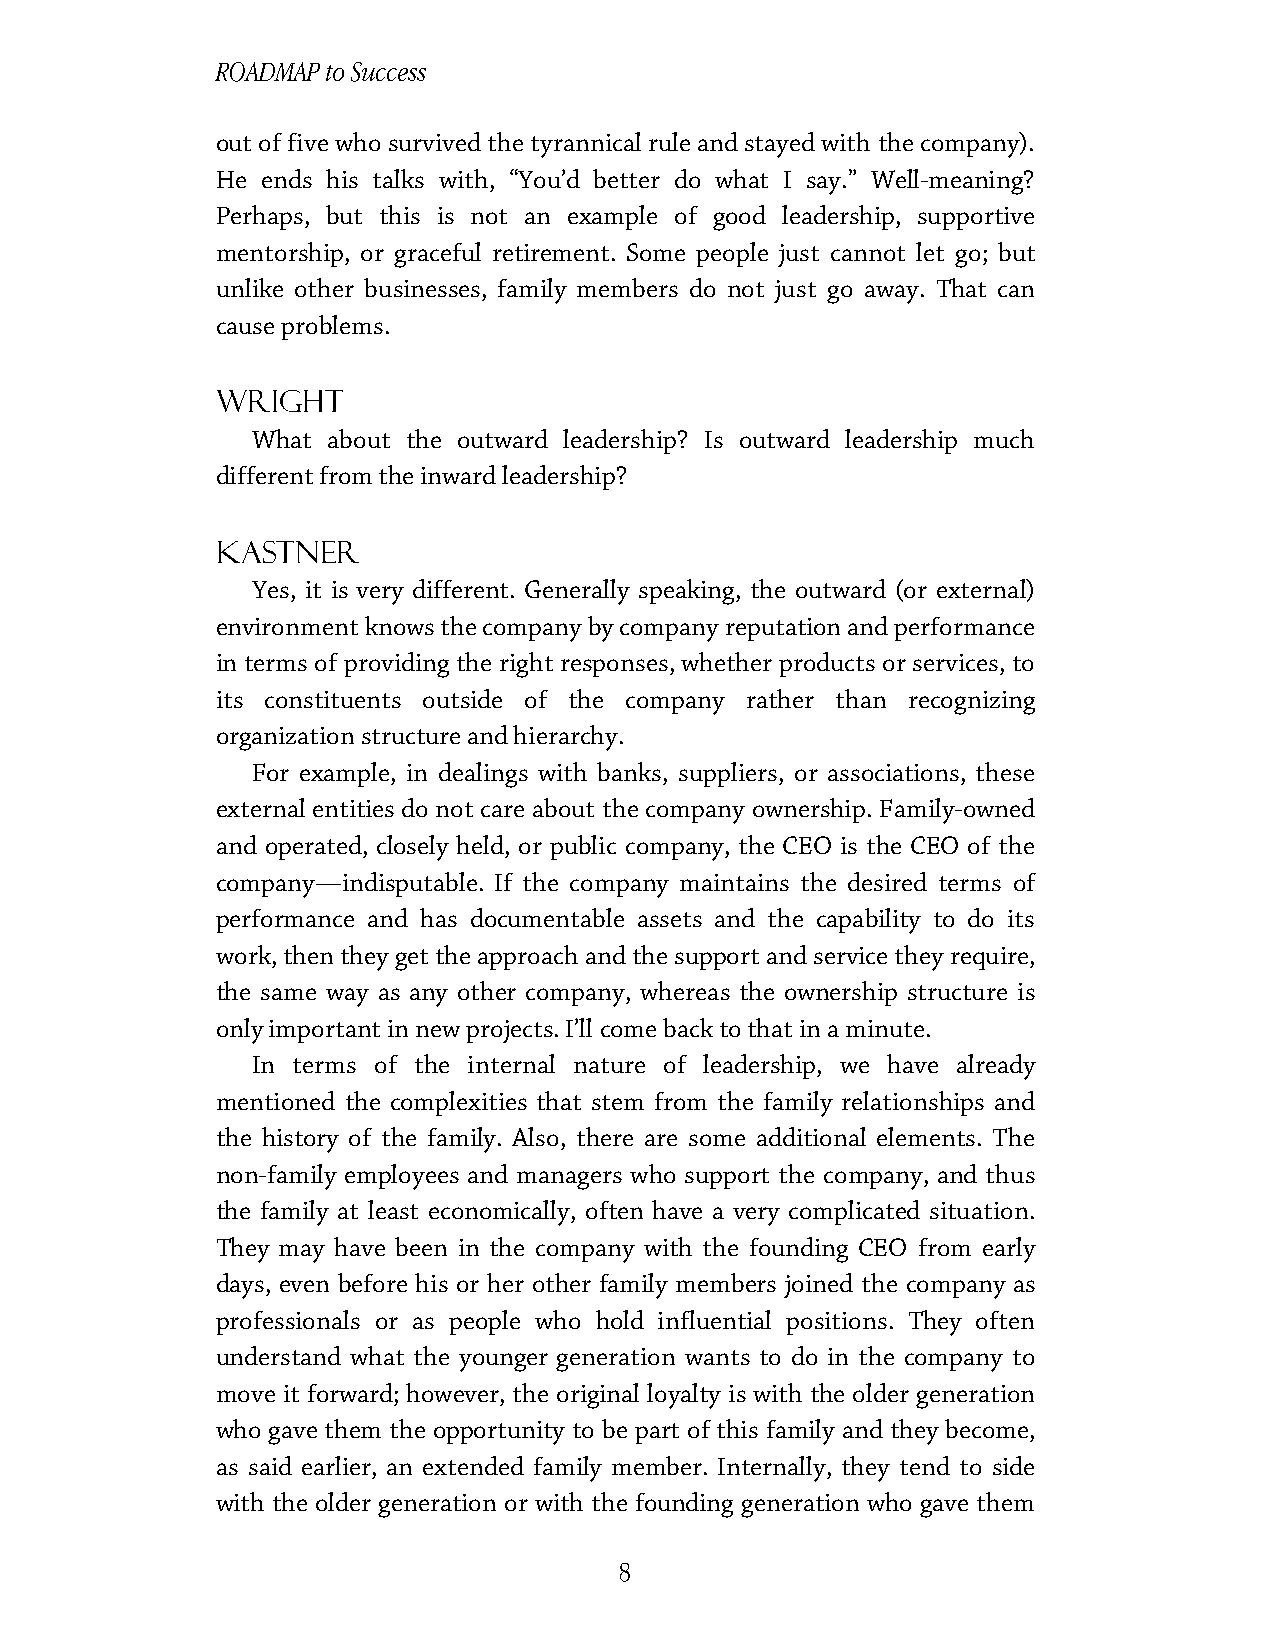
ROADMAP to Success
 out of five who survived the tyrannical rule and stayed with the company).
 He ends his talks with, “You’d better do what I say.” Well-meaning?
 Perhaps, but this is not an example of good leadership, supportive
 mentorship, or graceful retirement. Some people just cannot let go; but
 unlike other businesses, family members do not just go away. That can
 cause problems.
 Wright
 What about the outward leadership? Is outward leadership much
 different from the inward leadership?
 Kastner
 Yes, it is very different. Generally speaking, the outward (or external)
 environment knows the company by company reputation and performance
 in terms of providing the right responses, whether products or services, to
 its constituents outside of the company rather than recognizing
 organization structure and hierarchy.
 For example, in dealings with banks, suppliers, or associations, these
 external entities do not care about the company ownership. Family-owned
 and operated, closely held, or public company, the CEO is the CEO of the
 company—indisputable. If the company maintains the desired terms of
 performance and has documentable assets and the capability to do its
 work, then they get the approach and the support and service they require,
 the same way as any other company, whereas the ownership structure is
 only important in new projects. I’ll come back to that in a minute.
 In terms of the internal nature of leadership, we have already
 mentioned the complexities that stem from the family relationships and
 the history of the family. Also, there are some additional elements. The
 non-family employees and managers who support the company, and thus
 the family at least economically, often have a very complicated situation.
 They may have been in the company with the founding CEO from early
 days, even before his or her other family members joined the company as
 professionals or as people who hold influential positions. They often
 understand what the younger generation wants to do in the company to
 move it forward; however, the original loyalty is with the older generation
 who gave them the opportunity to be part of this family and they become,
 as said earlier, an extended family member. Internally, they tend to side
 with the older generation or with the founding generation who gave them
 8